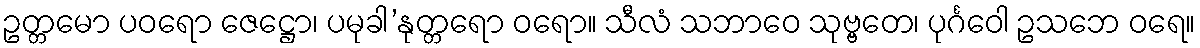
ဥတ္တမော ပဝရော ဇေဋ္ဌော၊ ပမုခါ’နုတ္တရော ဝရော။ သီလံ သဘာဝေ သုဗ္ဗတေ၊ ပုင်္ဂဝေါ ဥသဘေ ဝရေ။